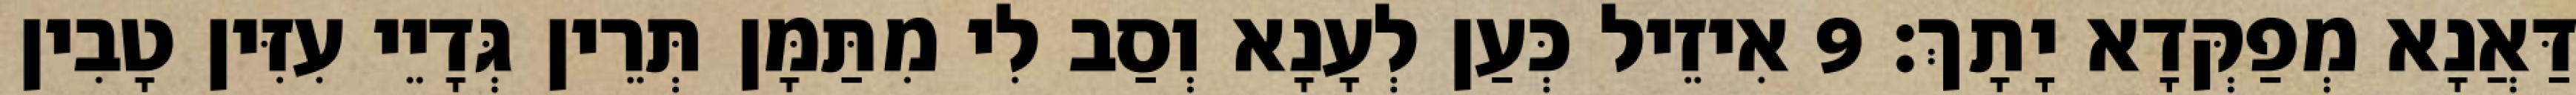
דַּאֲנָא מְפַקְּדָא יָתָךְ׃ 9 אִיזֵיל כְּעַן לְעָנָא וְסַב לִי מִתַּמָּן תְּרֵין גְּדָיֵי עִזִּין טָבִין